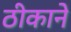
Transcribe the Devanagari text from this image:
ठीकाने